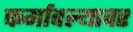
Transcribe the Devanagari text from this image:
फर्मावल्यावर